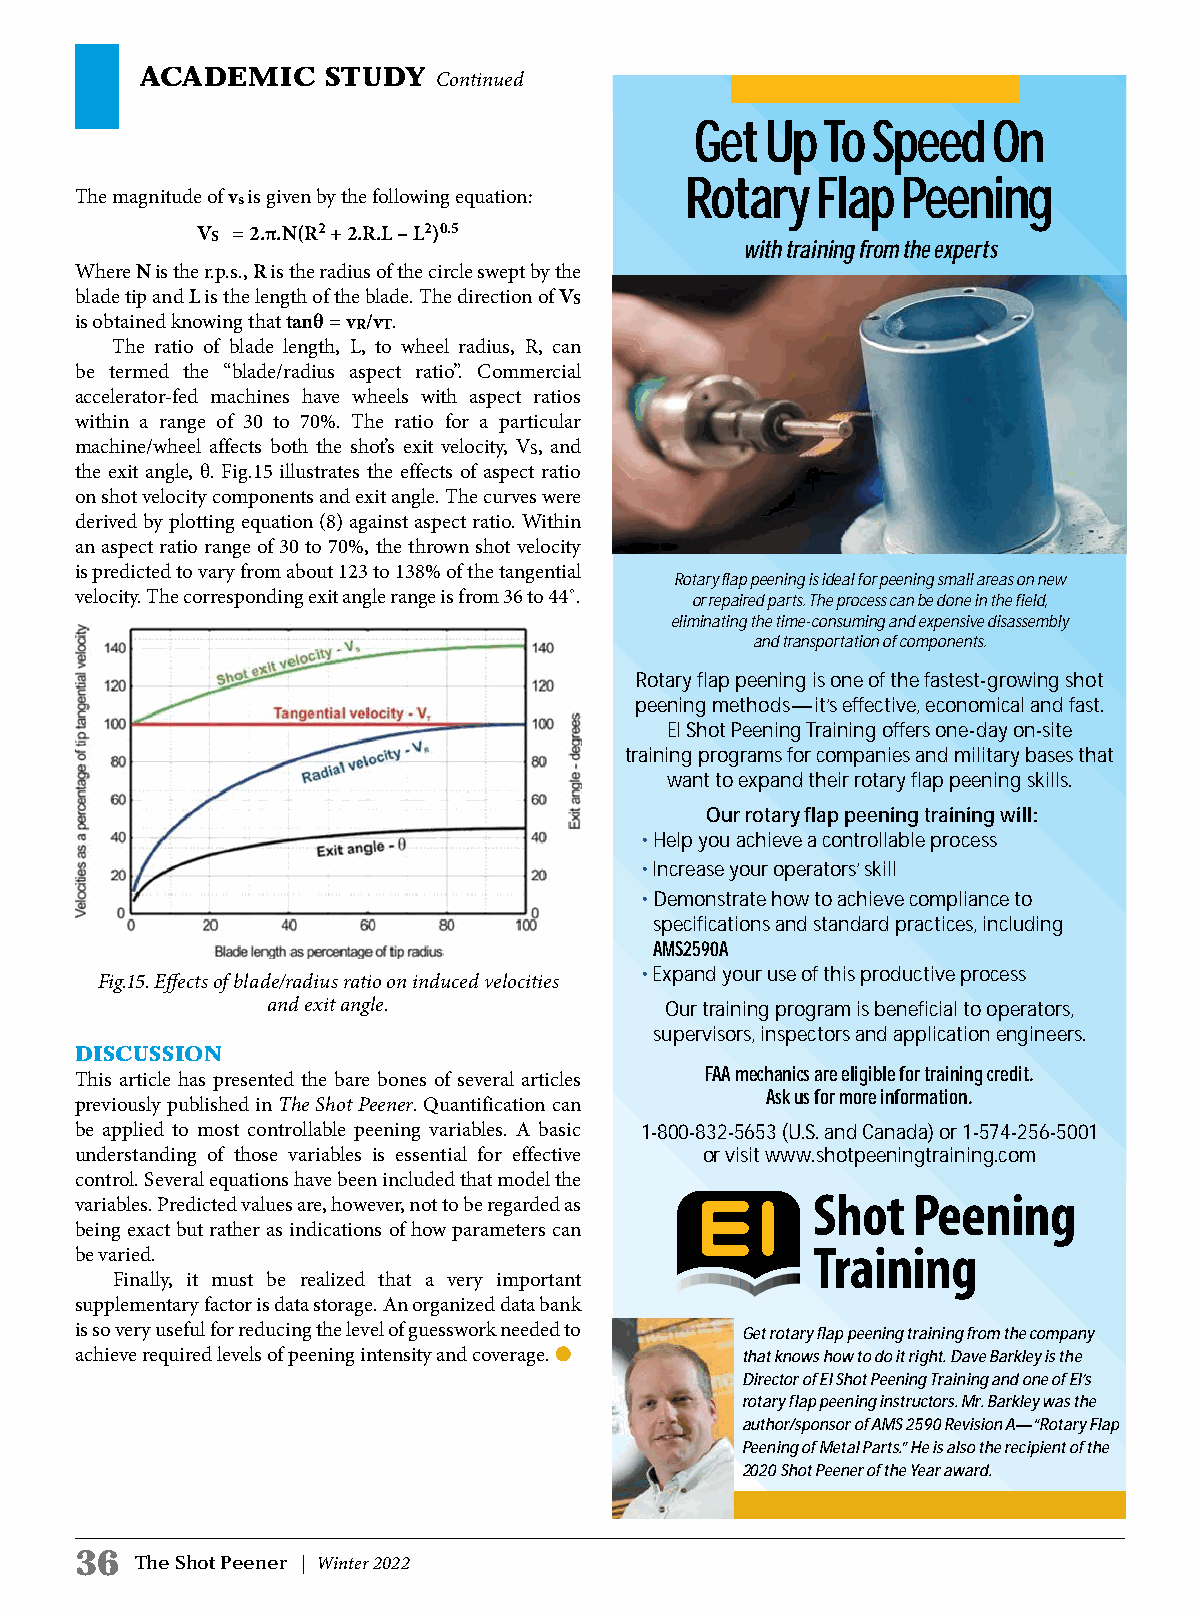
ACADEMIC     STUDY
 Continued
 Get  Up To  Speed   On
 Rotary   Flap  Peening
 The magnitude of vs is given by the following equation:
 VS = 2.π.N(R2 + 2.R.L – L2)0.5
 with training from the experts
 Where N is the r.p.s., R is the radius of the circle swept by the
 blade tip and L is the length of the blade. The direction of VS
 is obtained knowing that tanθ = vR/vT.
 The ratio of blade length, L, to wheel radius, R, can
 be termed the “blade/radius aspect ratio”. Commercial
 accelerator-fed machines have wheels with aspect ratios
 within a range of 30 to 70%. The ratio for a particular
 machine/wheel affects both the shot’s exit velocity, VS, and
 the exit angle, θ. Fig.15 illustrates the effects of aspect ratio
 on shot velocity components and exit angle. The curves were
 derived by plotting equation (8) against aspect ratio. Within
 an aspect ratio range of 30 to 70%, the thrown shot velocity
 is predicted to vary from about 123 to 138% of the tangential
 Rotary flap peening is ideal for peening small areas on new
 velocity. The corresponding exit angle range is from 36 to 44˚. or repaired parts. The process can be done in the field,
 eliminating the time-consuming and expensive disassembly
 and transportation of components.
 Rotary flap peening is one of the fastest-growing shot
 peening methods—it’s effective, economical and fast.
 EI Shot Peening Training offers one-day on-site
 training programs for companies and military bases that
 want to expand their rotary flap peening skills.
 Our rotary flap peening training will:
 • Help you achieve a controllable process
 • Increase your operators’ skill
 • Demonstrate how to achieve compliance to
 specifications and standard practices, including
 AMS2590A
 • Expand your use of this productive process
 Fig.15. Effects of blade/radius ratio on induced velocities
 and exit angle.           Our training program is beneficial to operators,
 supervisors, inspectors and application engineers.
 DISCUSSION
 FAA mechanics are eligible for training credit.
 This article has presented the bare bones of several articles
 Ask us for more information.
 previously published in The Shot Peener. Quantification can
 be applied to most controllable peening variables. A basic 1-800-832-5653 (U.S. and Canada) or 1-574-256-5001
 understanding of those variables is essential for effective or visit www.shotpeeningtraining.com
 control. Several equations have been included that model the
 variables. Predicted values are, however, not to be regarded as
 being exact but rather as indications of how parameters can
 be varied.
 Finally, it must be realized that a very important
 supplementary factor is data storage. An organized data bank
 is so very useful for reducing the level of guesswork needed to Get rotary flap peening training from the company
 achieve required levels of peening intensity and coverage. l that knows how to do it right. Dave Barkley is the
 Director of EI Shot Peening Training and one of EI’s
 rotary flap peening instructors. Mr. Barkley was the
 author/sponsor of AMS 2590 Revision A—“Rotary Flap
 Peening of Metal Parts.” He is also the recipient of the
 2020 Shot Peener of the Year award.
 36
 The Shot Peener | Winter 2022